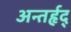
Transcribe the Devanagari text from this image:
अन्तर्हृद्‍